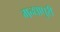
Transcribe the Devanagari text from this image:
गन्धापुरी